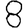
Digit: 8